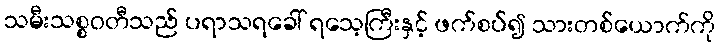
သမီးသစ္စဝတီသည် ပရာသရခေါ် ရသေ့ကြီးနှင့် ဖက်စပ်၍ သားတစ်ယောက်ကို